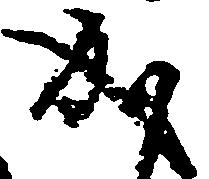
成